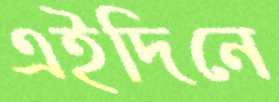
এইদিনে